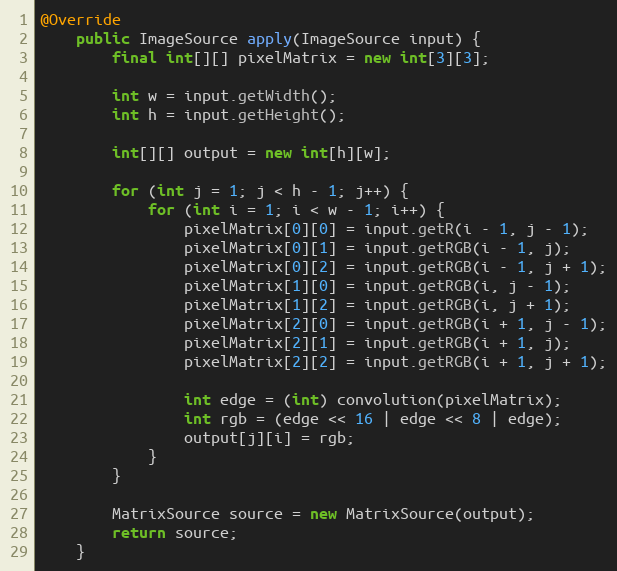
Language: Java
@Override
    public ImageSource apply(ImageSource input) {
        final int[][] pixelMatrix = new int[3][3];

        int w = input.getWidth();
        int h = input.getHeight();

        int[][] output = new int[h][w];

        for (int j = 1; j < h - 1; j++) {
            for (int i = 1; i < w - 1; i++) {
                pixelMatrix[0][0] = input.getR(i - 1, j - 1);
                pixelMatrix[0][1] = input.getRGB(i - 1, j);
                pixelMatrix[0][2] = input.getRGB(i - 1, j + 1);
                pixelMatrix[1][0] = input.getRGB(i, j - 1);
                pixelMatrix[1][2] = input.getRGB(i, j + 1);
                pixelMatrix[2][0] = input.getRGB(i + 1, j - 1);
                pixelMatrix[2][1] = input.getRGB(i + 1, j);
                pixelMatrix[2][2] = input.getRGB(i + 1, j + 1);

                int edge = (int) convolution(pixelMatrix);
                int rgb = (edge << 16 | edge << 8 | edge);
                output[j][i] = rgb;
            }
        }

        MatrixSource source = new MatrixSource(output);
        return source;
    }